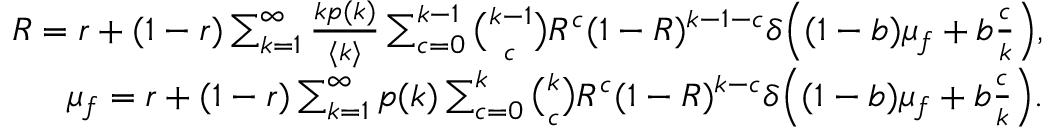
\begin{array} { r } { R = r + ( 1 - r ) \sum _ { k = 1 } ^ { \infty } \frac { k p ( k ) } { \langle k \rangle } \sum _ { c = 0 } ^ { k - 1 } \binom { k - 1 } { c } R ^ { c } ( 1 - R ) ^ { k - 1 - c } \delta \Big ( ( 1 - b ) \mu _ { f } + b \frac { c } { k } \Big ) , } \\ { \mu _ { f } = r + ( 1 - r ) \sum _ { k = 1 } ^ { \infty } p ( k ) \sum _ { c = 0 } ^ { k } \binom { k } { c } R ^ { c } ( 1 - R ) ^ { k - c } \delta \Big ( ( 1 - b ) \mu _ { f } + b \frac { c } { k } \Big ) . } \end{array}